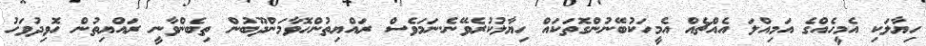
ހިޔާލަކި އެމީހެއްގެ އަމިއްލަ އެއްޗެއް އެމީހަކުބޭނުންގޮތަކައް ހިޔާލުކުރެވޭނެ.ނަމަވެސް ރައްޔިތުންހޮވާމަންދޫބުން ތިބެންވާނީ ރައްޔިތުން ހޮވިދުވަހު